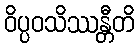
ဝိပ္ပဝသိဿန္တီတိ